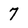
Character: 7